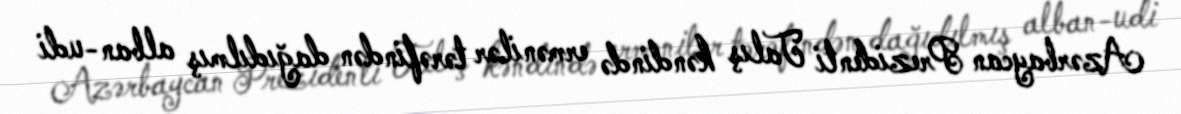
Azərbaycan Prezidenti Talış kəndində ermənilər tərəfindən dağıdılmış alban-udi